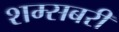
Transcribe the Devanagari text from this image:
शम्सबरी